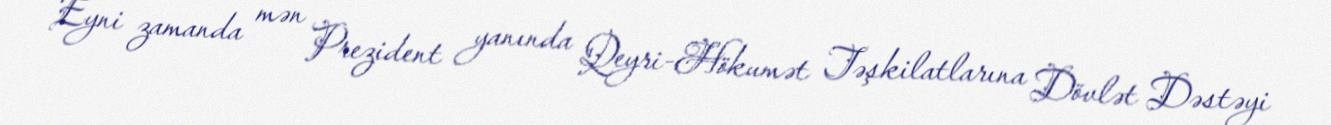
Eyni zamanda mən Prezident yanında Qeyri-Hökumət Təşkilatlarına Dövlət Dəstəyi